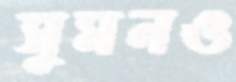
সুমনও